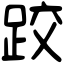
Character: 跤